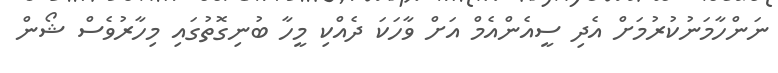
ނަންހާމަނުކުރުމަށް އެދި ސީއެންއެމް އަށް ވާހަކަ ދެއްކި މީހާ ބުނިގޮތުގައި މިހާރުވެސް ޝޯން